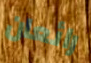
رائعان